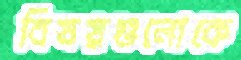
বিষয়গুলোকে